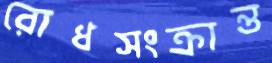
রোধসংক্রান্ত